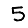
Digit: 5